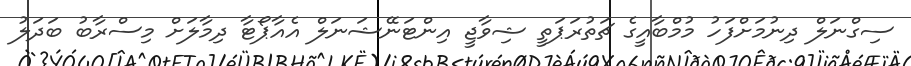
ސިގްނަލް ދިނުމަށްފަހު މުމްބާއީގެ ޗަތުރަޕަތީ ޝިވާޖީ އިންޓަނޭޝަނަލް އެއާޕޯޓާ ދިމާލަށް މިސްރާބު ބަދަލު